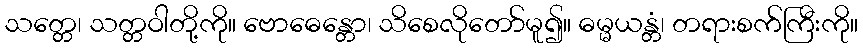
သတ္တေ၊ သတ္တဝါတို့ကို။ ဗောဓေန္တော၊ သိစေလိုတော်မူ၍။ ဓမ္မယန္တံ၊ တရားစက်ကြီးကို။